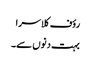
رؤف کلاسرا
بہت دنوں سے۔